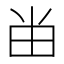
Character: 𰢷